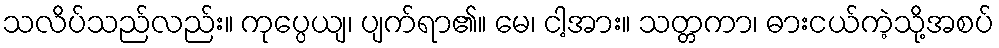
သလိပ်သည်လည်း။ ကုပ္ပေယျ၊ ပျက်ရာ၏။ မေ၊ ငါ့အား။ သတ္တကာ၊ ဓားငယ်ကဲ့သို့အစပ်